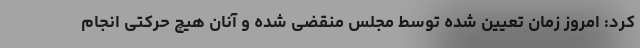
کرد: امروز زمان تعیین شده توسط مجلس منقضی شده و آنان هیچ حرکتی انجام